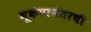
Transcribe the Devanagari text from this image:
भूकंपानंतरची